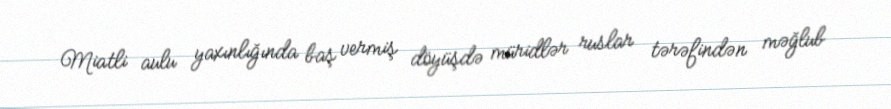
Miatli aulu yaxınlığında baş vermiş döyüşdə müridlər ruslar tərəfindən məğlub